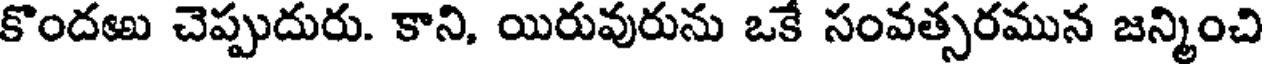
కొందఱు చెప్పుదురు. కాని, యిరువురును ఒకే సంవత్సరమున జన్మించి